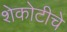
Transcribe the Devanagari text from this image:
शेकोटीचे